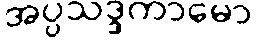
အပ္ပသဒ္ဒကာမော